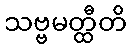
သဗ္ဗမတ္ထီတိ